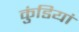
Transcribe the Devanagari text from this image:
कुंडियां